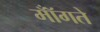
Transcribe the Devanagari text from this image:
मॉँगते